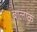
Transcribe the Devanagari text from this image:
बालाक